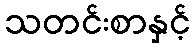
သတင်းစာနှင့်